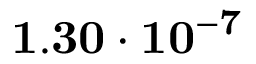
\mathbf { 1 . 3 0 \cdot 1 0 ^ { - 7 } }